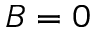
B = 0